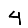
Digit: 4